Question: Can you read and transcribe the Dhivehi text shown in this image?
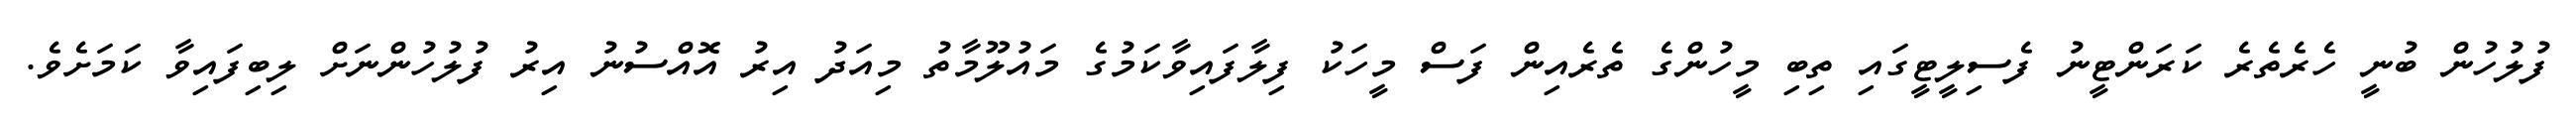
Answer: ފުލުހުން ބުނީ ހެރެތެރެ ކަރަންޓީނު ފެސިލީޓީގައި ތިބި މީހުންގެ ތެރެއިން ފަސް މީހަކު ފިލާފައިވާކަމުގެ މައުލޫމާތު މިއަދު އިރު އޮއްސުނު އިރު ފުލުހުންނަށް ލިބިފައިވާ ކަމަށެވެ.